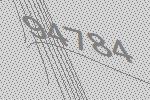
94784